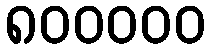
၈၀၀၀၀၀